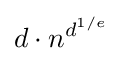
d\cdot n^{d^{1/e}}